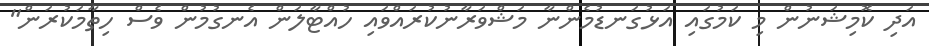
އަދި ކޮމިޝަނުން މި ކަމުގައި އަޅުގަނޑުމެންނާ މަޝްވަރާނުކުރައްވައި ހުއްޓާލަން އެނގުމުން ވެސް ހިތާމަކުރަން"